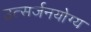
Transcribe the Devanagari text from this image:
उत्सर्जनयोग्य